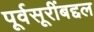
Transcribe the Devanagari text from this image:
पूर्वसूरींबद्दल